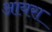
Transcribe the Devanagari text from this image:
आयरा